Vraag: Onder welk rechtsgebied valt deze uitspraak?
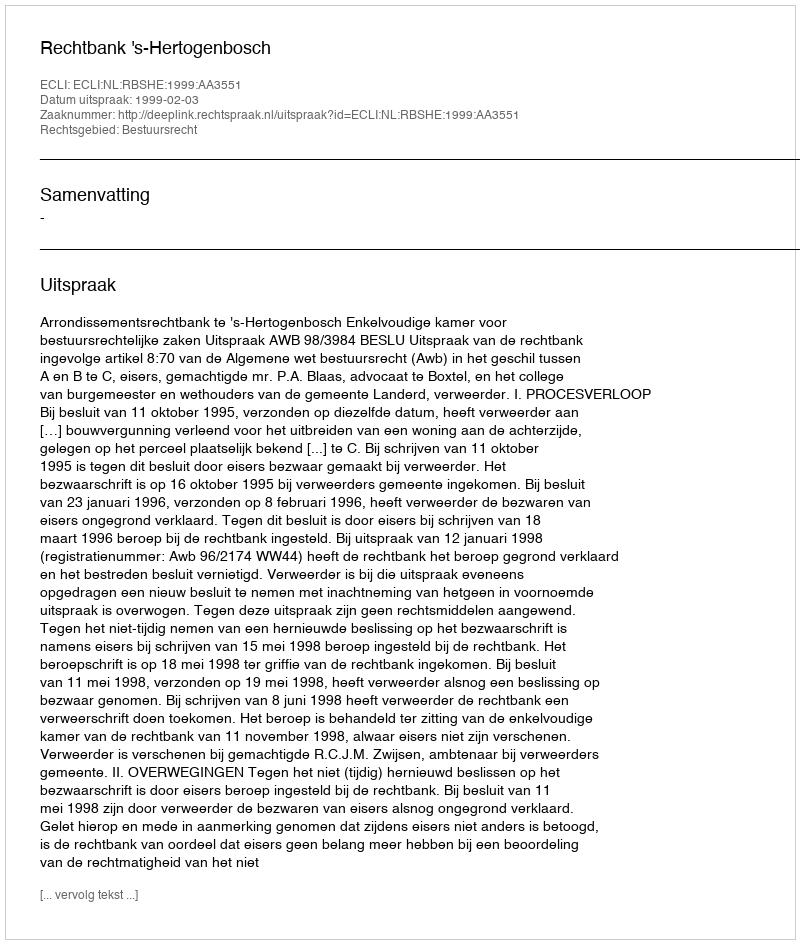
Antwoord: Bestuursrecht